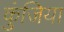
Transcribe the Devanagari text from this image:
कुंजिया